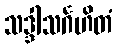
သဒ္ဒါသင်္ဂဟိတံ